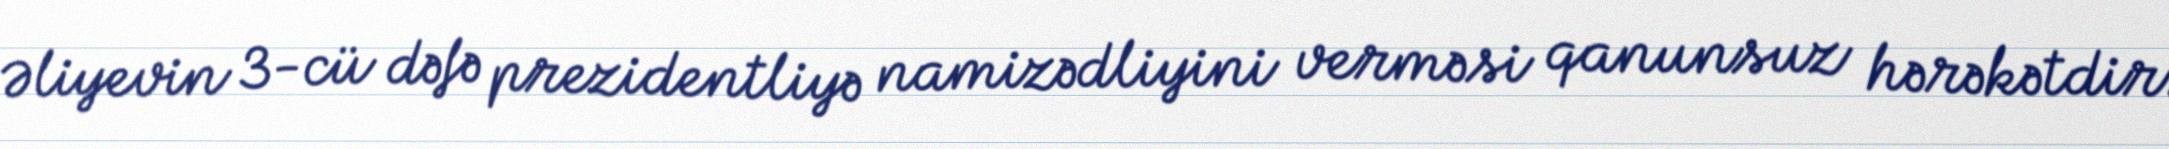
Əliyevin 3-cü dəfə prezidentliyə namizədliyini verməsi qanunsuz hərəkətdir.